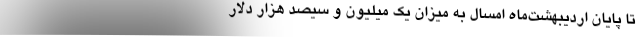
تا پایان اردیبهشت‌ماه امسال به میزان یک ‌میلیون و سیصد هزار دلار